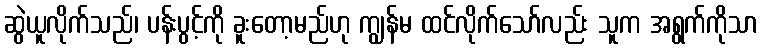
ဆွဲယူလိုက်သည်၊ ပန်းပွင့်ကို ခူးတော့မည်ဟု ကျွန်မ ထင်လိုက်သော်လည်း သူက အရွက်ကိုသာ